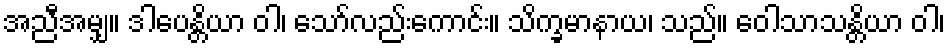
အညီအမျှ။ ဒါပေန္တိယာ ဝါ၊ သော်လည်းကောင်း။ သိက္ခမာနာယ၊ သည်။ ဝေါသာသန္တိယာ ဝါ၊